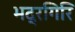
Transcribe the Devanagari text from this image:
भद्रगिरि